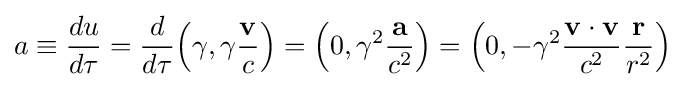
a\equiv {{du} \over {d\tau }}={d \over {d\tau }}{\left(\gamma ,\gamma {\mathbf {v}  \over c}\right)}={\left(0,\gamma ^{2}{\mathbf {a}  \over c^{2}}\right)}={\left(0,-\gamma ^{2}{{\mathbf {v} \cdot \mathbf {v} } \over c^{2}}{{\mathbf {r} } \over r^{2}}\right)}